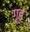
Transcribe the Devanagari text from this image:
ग़ृह